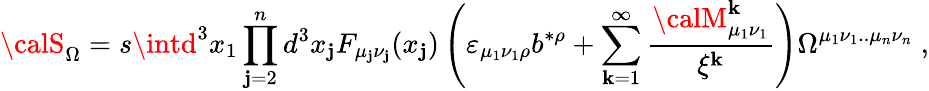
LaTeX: {\calS}_{\Omega}=s\intd^{3}x_{1}\prod_{\mathbf{j}=2}^{n}d^{3}x_{\mathbf{j}}F_{\mu_{\mathbf{j}}\nu_{\mathbf{j}}}(x_{\mathbf{j}})\left(\varepsilon_{\mu_{1}\nu_{1}\rho}b^{*\rho}+\sum_{\mathbf{k}=1}^{\infty}\frac{{{\calM}_{\mu_{1}\nu_{1}}^{\mathbf{k}}}}{{\xi^{\mathbf{k}}}}\right)\Omega^{\mu_{1}\nu_{1}..\mu_{n}\nu_{n}}\; ,